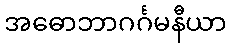
အဓောဘာဂင်္ဂမနီယာ